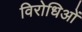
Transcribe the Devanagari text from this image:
विरोधिओं